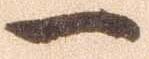
一